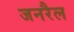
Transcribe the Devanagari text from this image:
जनरैल